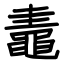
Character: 鼃